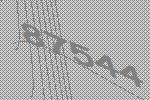
87544